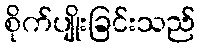
စိုက်ပျိုးခြင်းသည်